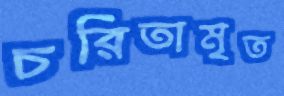
চরিতামৃত